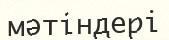
мәтіндері